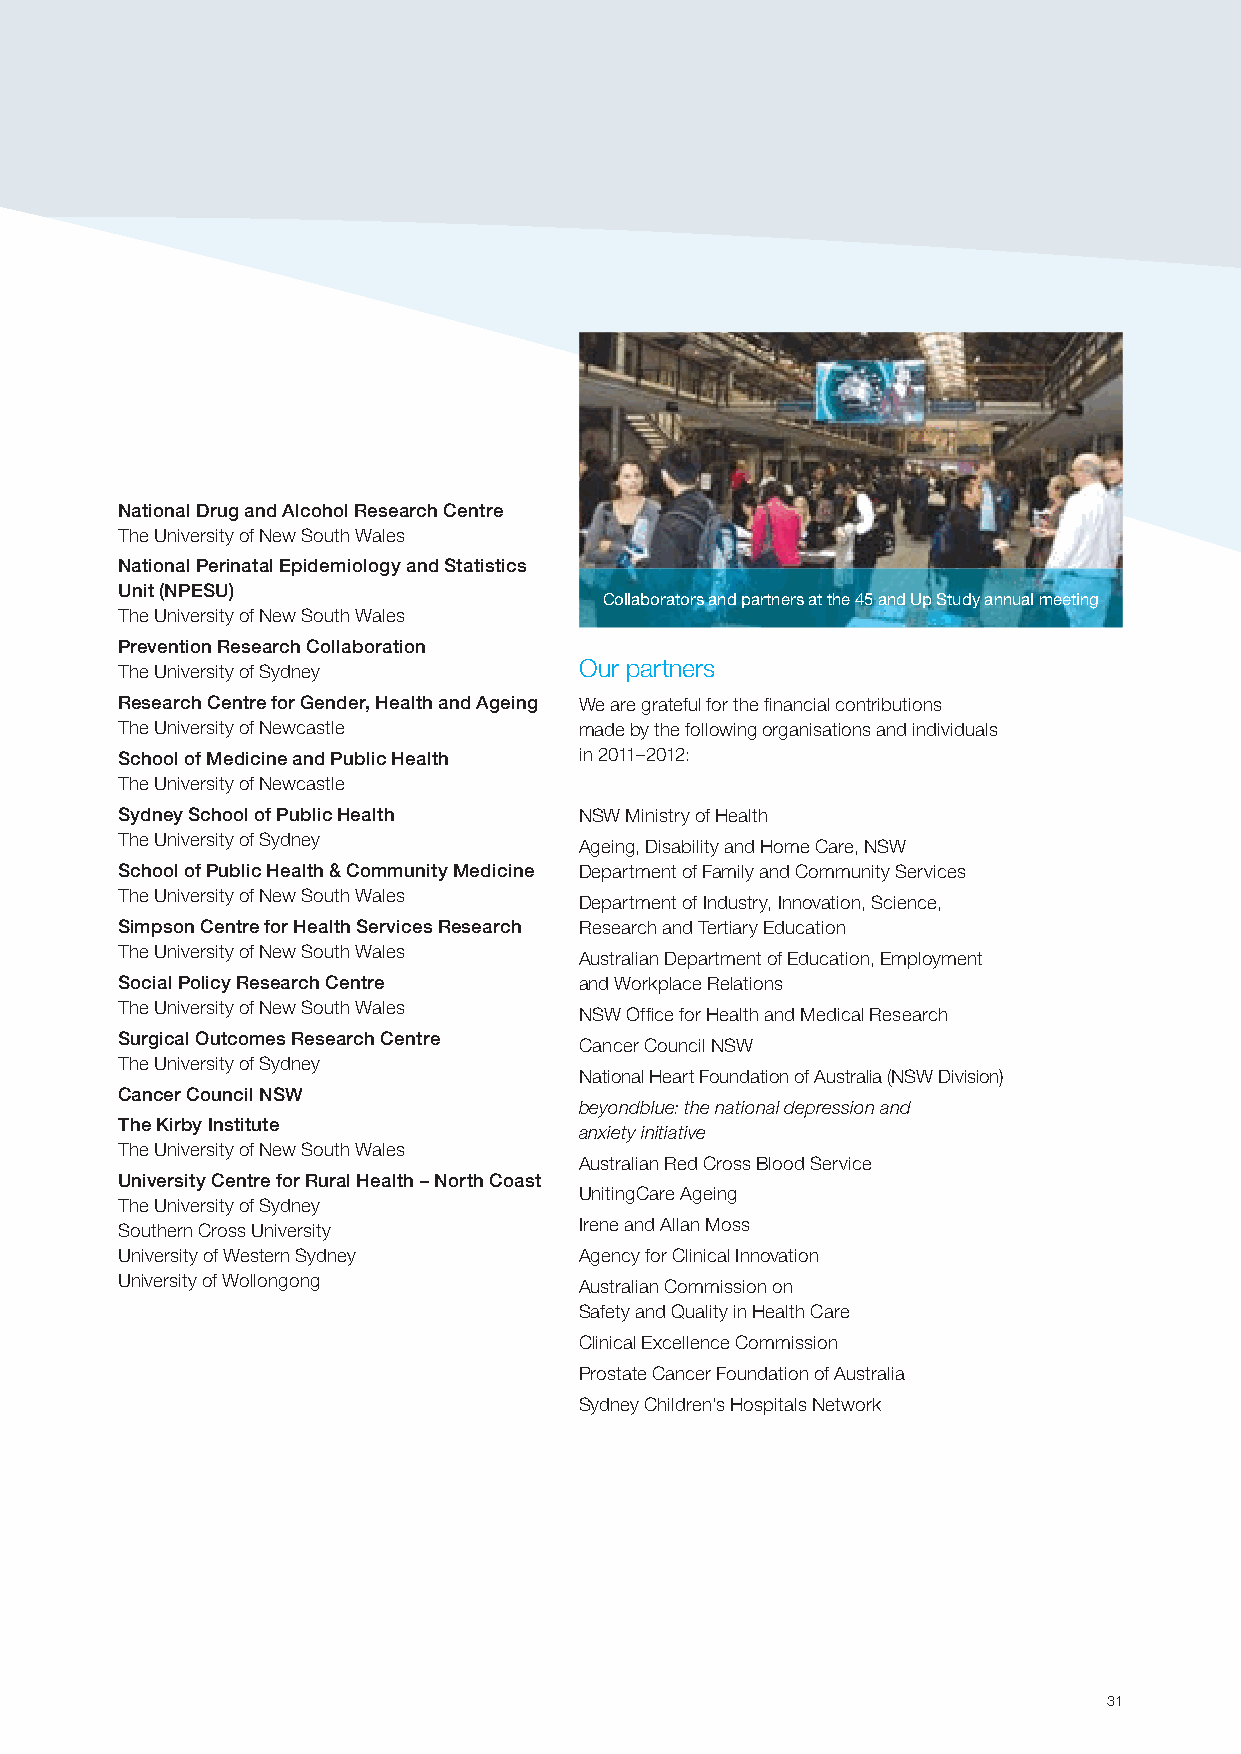
National Drug and Alcohol Research Centre
 The University of New South Wales
 National Perinatal Epidemiology and Statistics
 Unit (NPESU)
 Collaborators and partners at the 45 and Up Study annual meeting
 The University of New South Wales
 Prevention Research Collaboration
 Our partners
 The University of Sydney
 Research Centre for Gender, Health and Ageing We are grateful for the financial contributions
 The University of Newcastle   made by the following organisations and individuals
 School of Medicine and Public Health in 2011–2012:
 The University of Newcastle
 Sydney School of Public Health NSW Ministry of Health
 The University of Sydney
 Ageing, Disability and Home Care, NSW
 School of Public Health & Community Medicine Department of Family and Community Services
 The University of New South Wales
 Department of Industry, Innovation, Science,
 Simpson Centre for Health Services Research Research and Tertiary Education
 The University of New South Wales
 Australian Department of Education, Employment
 Social Policy Research Centre and Workplace Relations
 The University of New South Wales
 NSW Office for Health and Medical Research
 Surgical Outcomes Research Centre
 Cancer Council NSW
 The University of Sydney
 National Heart Foundation of Australia (NSW Division)
 Cancer Council NSW
 beyondblue: the national depression and
 The Kirby Institute
 anxiety initiative
 The University of New South Wales
 Australian Red Cross Blood Service
 University Centre for Rural Health – North Coast
 UnitingCare Ageing
 The University of Sydney
 Southern Cross University     Irene and Allan Moss
 University of Western Sydney  Agency for Clinical Innovation
 University of Wollongong      Australian Commission on
 Safety and Quality in Health Care
 Clinical Excellence Commission
 Prostate Cancer Foundation of Australia
 Sydney Children’s Hospitals Network
 31